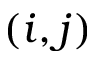
\left( i , j \right)